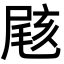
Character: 𡲼